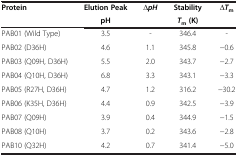
| <ROWSPAN=2> Protein | Elution Peak | <ROWSPAN=2> ∆pH | Stability | <ROWSPAN=2> ∆Tm |
 | pH | Tm (K) |
 | --- | --- | --- | --- | --- |
 | PAB01 (Wild Type) | 3.5 | - | 346.4 | - |
 | PAB02 (D36H) | 4.6 | 1.1 | 345.8 | −0.6 |
 | PAB03 (Q09H, D36H) | 5.5 | 2.0 | 343.7 | −2.7 |
 | PAB04 (Q10H, D36H) | 6.8 | 3.3 | 343.1 | −3.3 |
 | PAB05 (R27H, D36H) | 4.7 | 1.2 | 316.2 | −30.2 |
 | PAB06 (K35H, D36H) | 4.4 | 0.9 | 342.5 | −3.9 |
 | PAB07 (Q09H) | 3.9 | 0.4 | 344.9 | −1.5 |
 | PAB08 (Q10H) | 3.7 | 0.2 | 343.6 | −2.8 |
 | PAB10 (Q32H) | 4.2 | 0.7 | 341.4 | −5.0 |